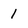
Character: 1